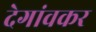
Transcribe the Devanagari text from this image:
देगांवकर